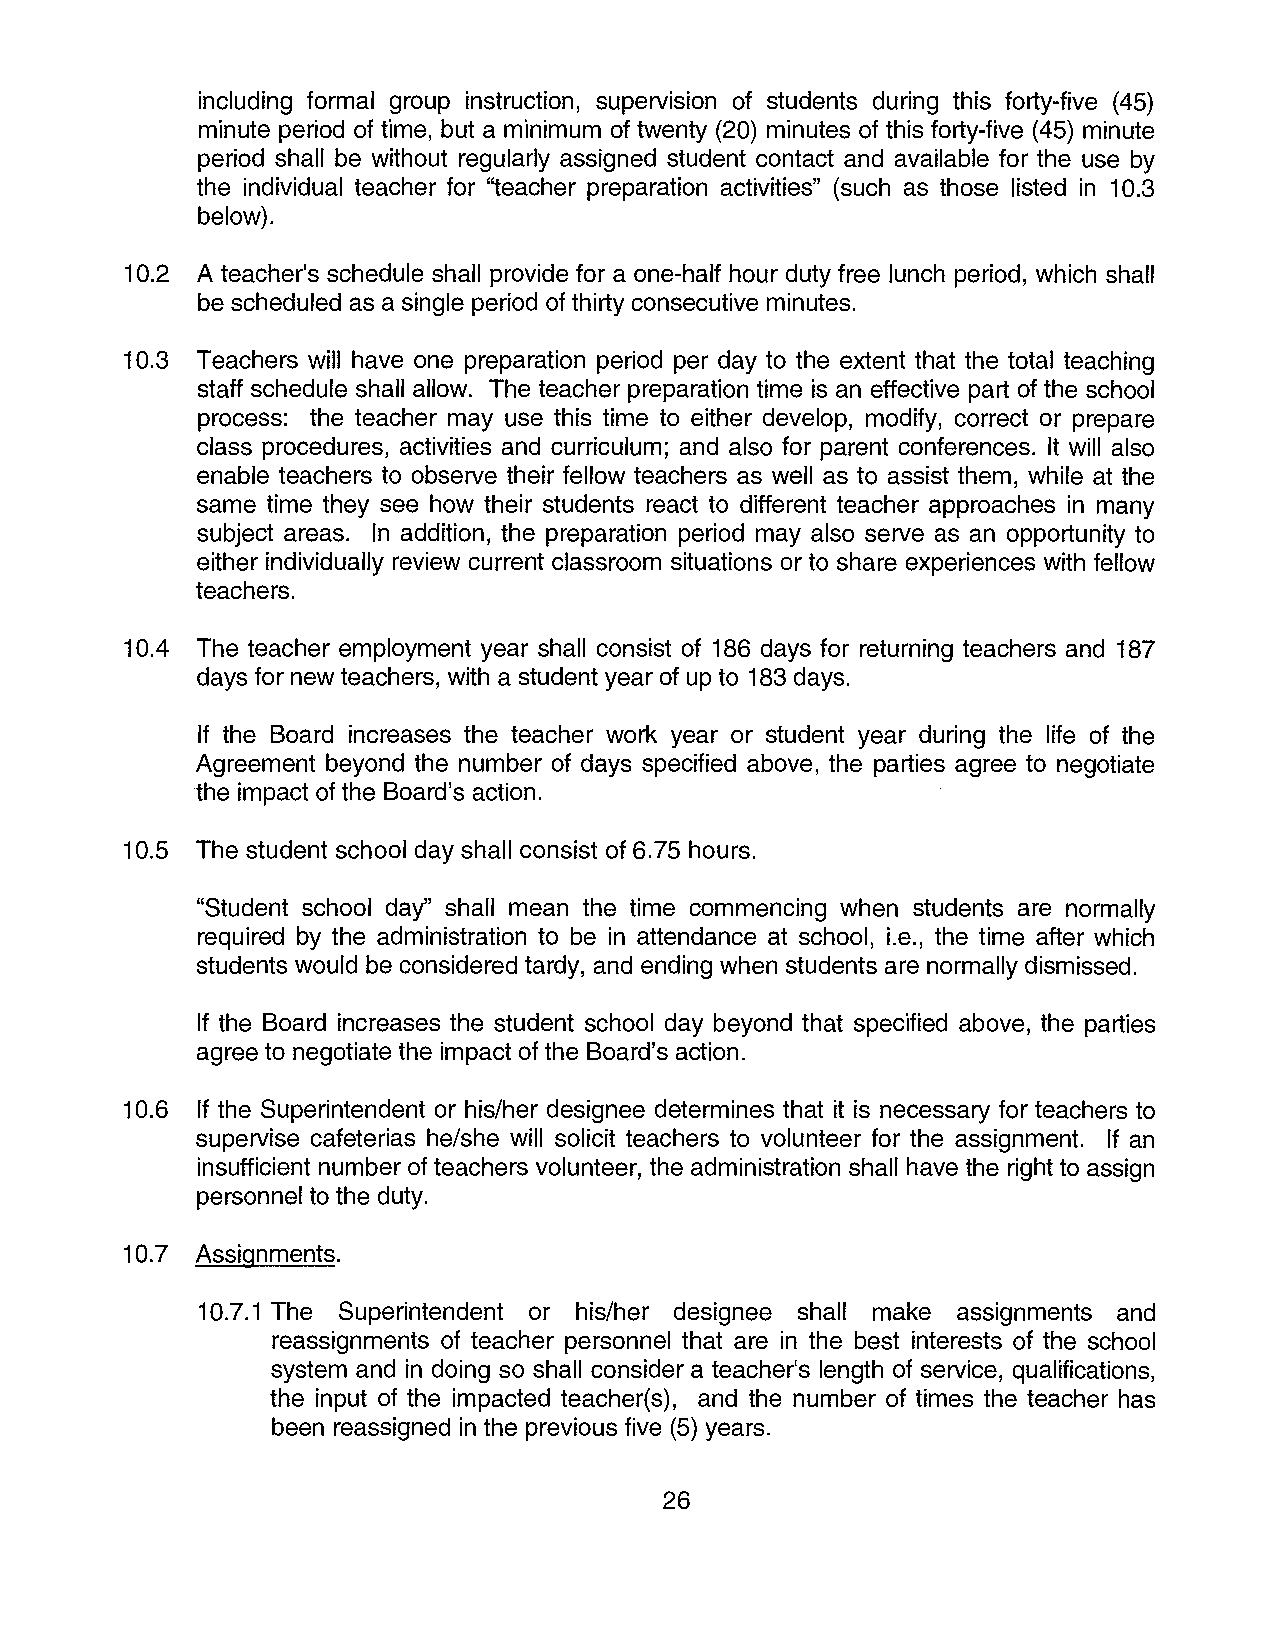
including formal group instruction, superv1s1on of students during this forty-five (45)
 minute period of time, but a minimum of twenty (20) minutes of this forty-five (45) minute
 period shall be without regularly assigned student contact and available for the use by
 the individual teacher for "teacher preparation activities" (such as those listed in 10.3
 below).
 10.2 A teacher's schedule shall provide for a one-half hour duty free lunch period, which shall
 be scheduled as a single period of thirty consecutive minutes.
 10.3 Teachers will have one preparation period per day to the extent that the total teaching
 staff schedule shall allow. The teacher preparation time is an effective part of the school
 process: the teacher may use this time to either develop, modify, correct or prepare
 class procedures, activities and curriculum; and also for parent conferences. It will also
 enable teachers to observe their fellow teachers as well as to assist them, while at the
 same time they see how their students react to different teacher approaches in many
 subject areas. In addition, the preparation period may also serve as an opportunity to
 either individually review current classroom situations or to share experiences with fellow
 teachers.
 10.4 The teacher employment year shall consist of 186 days for returning teachers and 187
 days for new teachers, with a student year of up to 183 days.
 If the Board increases the teacher work year or student year during the life of the
 Agreement beyond the number of days specified above, the parties agree to negotiate
 the impact of the Board's action.
 10.5 The student school day shall consist of 6.75 hours.
 "Student school day" shall mean the time commencing when students are normally
 required by the administration to be in attendance at school, i.e., the time after which
 students would be considered tardy, and ending when students are normally dismissed.
 If the Board increases the student school day beyond that specified above, the parties
 agree to negotiate the impact of the Board's action.
 10.6 If the Superintendent or his/her designee determines that it is necessary for teachers to
 supervise cafeterias he/she will solicit teachers to volunteer for the assignment. If an
 insufficient number of teachers volunteer, the administration shall have the right to assign
 personnel to the duty.
 10.7 Assignments.
 10.7.1 The Superintendent or his/her designee shall make assignments and
 reassignments of teacher personnel that are in the best interests of the school
 system and in doing so shall consider a teacher's length of service, qualifications,
 the input of the impacted teacher(s), and the number of times the teacher has
 been reassigned in the previous five (5) years.
 26